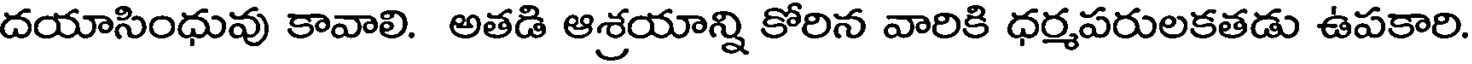
దయాసింధువు కావాలి. అతడి ఆశ్రయాన్ని కోరిన వారికి ధర్మపరులకతడు ఉపకారి.